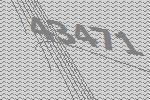
43471